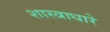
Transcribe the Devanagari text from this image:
शास्त्राधारे